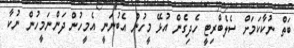
ބަތް ނުކާކަމަށް ސެލެބްރިޓީ ހެދިގެން އުޅޭ މީހުން އެބުނަނީ އެމީހުން ދަންނަމީހުން ނުކާ